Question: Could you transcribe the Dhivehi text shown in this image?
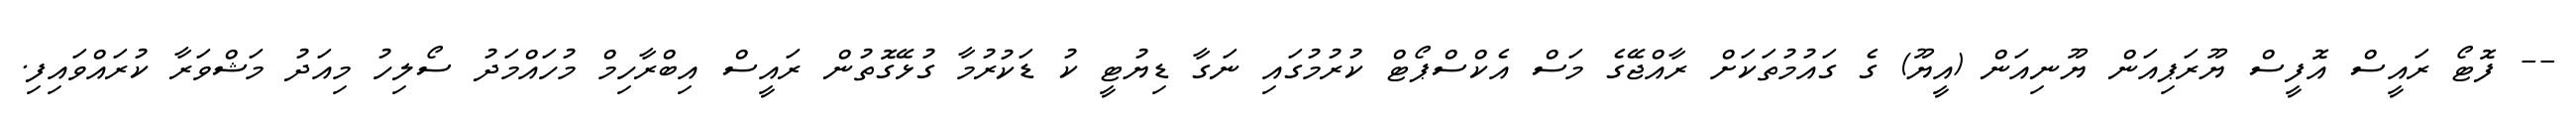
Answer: -- ފޮޓޯ ރައީސް އޮފީސް ޔޫރަޕިއަން ޔޫނިއަން (އީޔޫ) ގެ ގައުމުތަކަށް ރާއްޖޭގެ މަސް އެކްސްޕޯޓް ކުރުމުގައި ނަގާ ޑިޔުޓީ ކު ޑަކުރުމާ ގުޅޭގޮތުން ރައީސް އިބްރާހިމް މުހައްމަދު ސޯލިހު މިއަދު މަޝްވަރާ ކުރައްވައިފި.